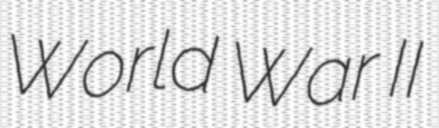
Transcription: World War II